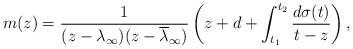
\begin{align*} m(z)= \frac{1}{(z-\lambda_\infty)(z-\overline{\lambda}_\infty)}\left(z+d+\int_{t_1}^{t_2}\frac{d\sigma(t)}{t-z}\right), \end{align*}